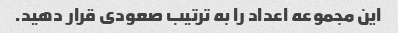
این مجموعه اعداد را به ترتیب صعودی قرار دهید.